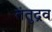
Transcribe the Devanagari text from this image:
तंतुद्रव